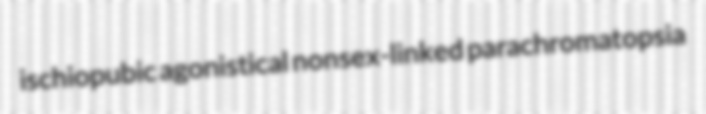
ischiopubic agonistical nonsex-linked parachromatopsia